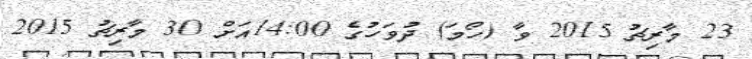
23 މާރިޗު 2015 ވާ (ހޯމަ) ދުވަހުގެ 14:00އަށް 30 މާރިޗު 2015